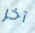
آخر